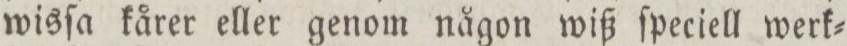
wisſa kårer eller genom någon wiß ſpeciell werk=